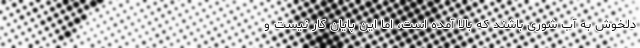
دلخوش به آب شوری باشند که بالا آمده است، اما این پایان کار نیست و